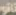
نانو